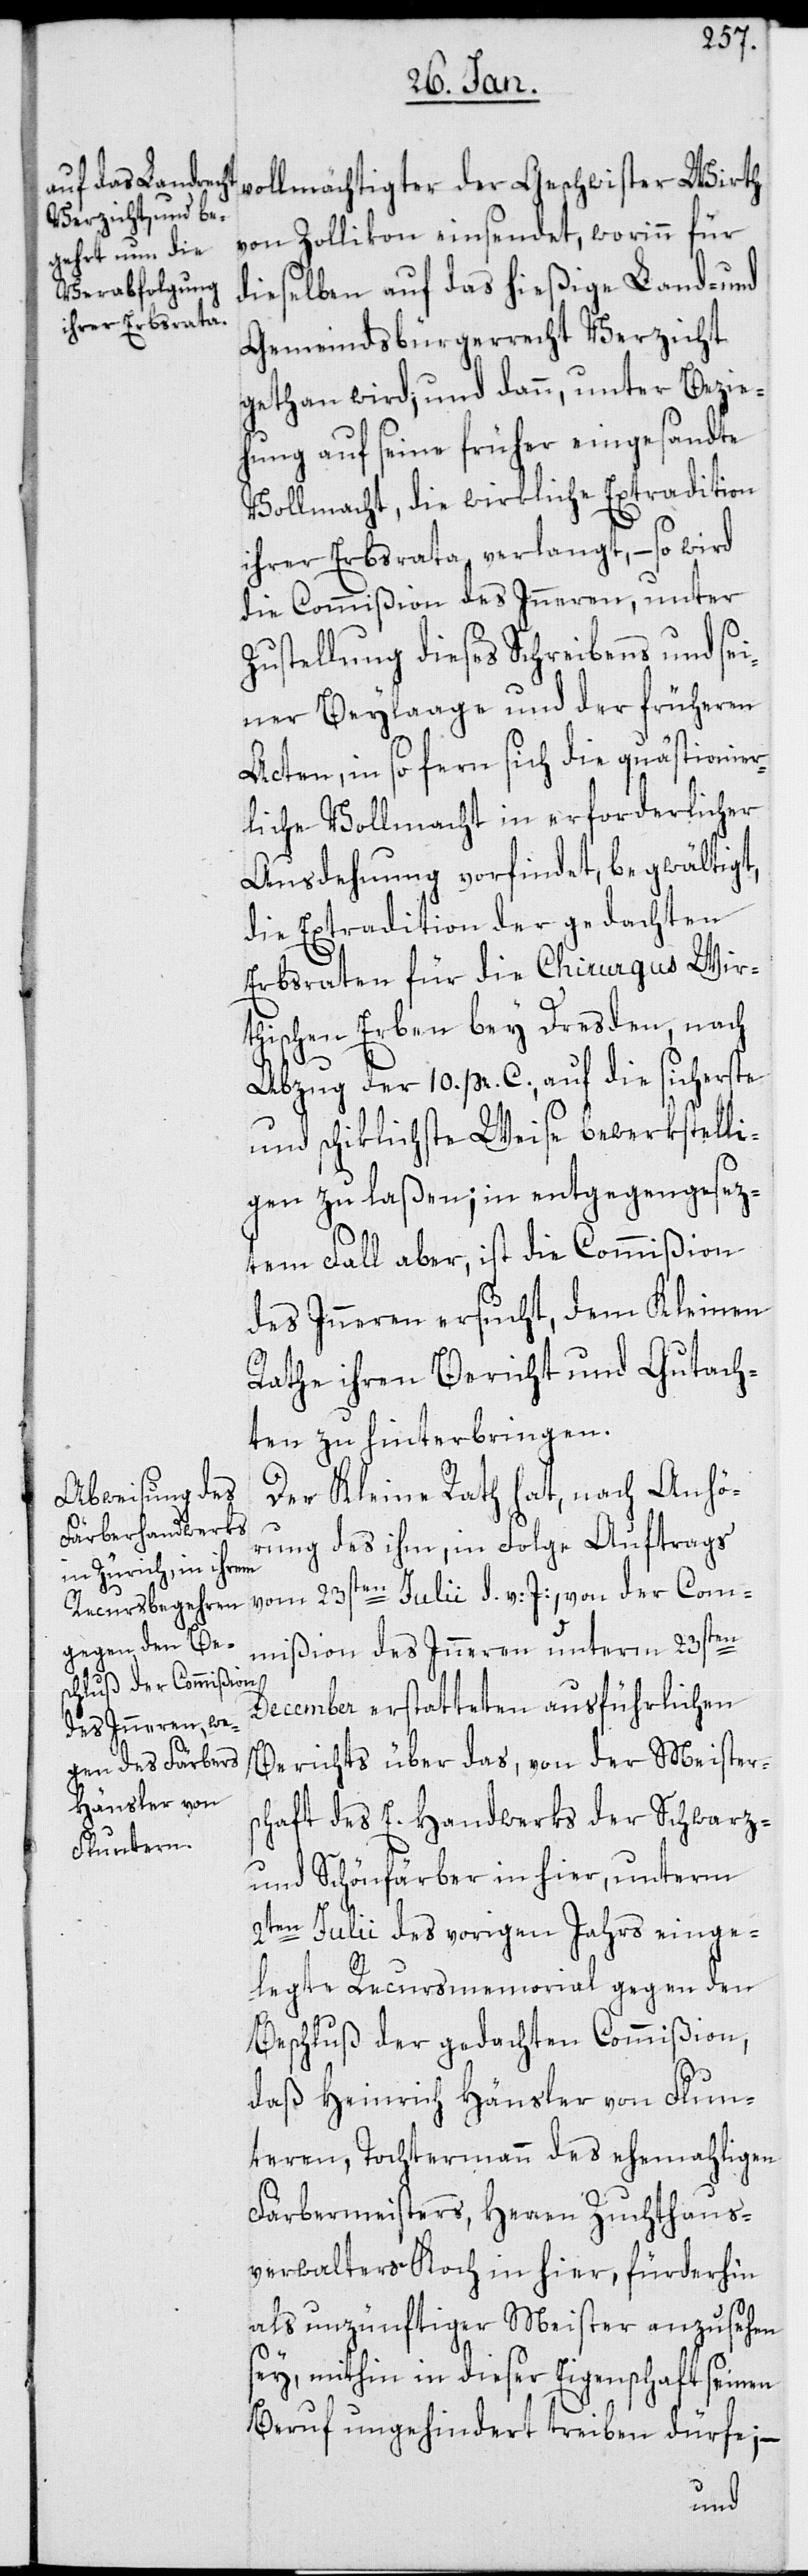
von Zollikon einsendet, worinn für
dieselben auf das hießige Land- und
Gemeindsbürgerrecht Verzicht
gethan wird, und dann, unter Bezie¬
hung auf seine früher eingesandte
Vollmacht, die wirkliche Extradition
ihrer Erbsrata verlangt, – so wird
die Commißion des Inneren, unter
Zustellung dieses Schreibens und sei¬
ner Beylage und der früheren
Acten, in so fern sich die quästionier¬
liche Vollmacht in erforderlicher
Ausdehnung vorfindet, begwältigt,
die Extradition der gedachten
Erbsraten für die Chirugus Wir¬
thischen Erben bey Dresden, nach
Abzug der 10. pr. C., auf die sicherste
und schiklichste Weise bewerkstelli¬
gen zu laßen; in entgegengesez¬
tem Fall aber, ist die Commißion
des Inneren ersucht, dem Kleinen
Rathe ihren Bericht und Gutach¬
ten zu hinterbringen.
Der Kleine Rath hat, nach Anhö¬
rung des ihm, in Folge Auftrags
vom 23sten Julii d. v: J:, von der Com¬
mißion des Inneren unterm 23sten
December erstatteten ausführlichen
Berichts über das, von der Meisters¬
chaft des E. Handwerks der Schwarz-
und Schönfärber in hier, unterm
2ten Julii des vorigen Jahrs einge¬
legte Recursmemorial gegen den
Beschluß der gedachten Commißion,
daß Heinrich Hänsler von Flun¬
tern, Tochtermann des ehemahligen
Färbermeisters, Herren Zuchtaus¬
verwalters Koch in hier, fürderhin
als unzünftiger Meister anzusehen
sey, mithin in dieser Eigenschaft seinen
Beruf ungehindert treiben dürfe; –